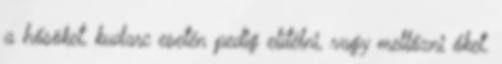
a hősöket, kudarc esetén pedig elítélni, vagy mellőzni őket.